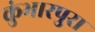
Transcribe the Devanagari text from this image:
कुंभारपुरा